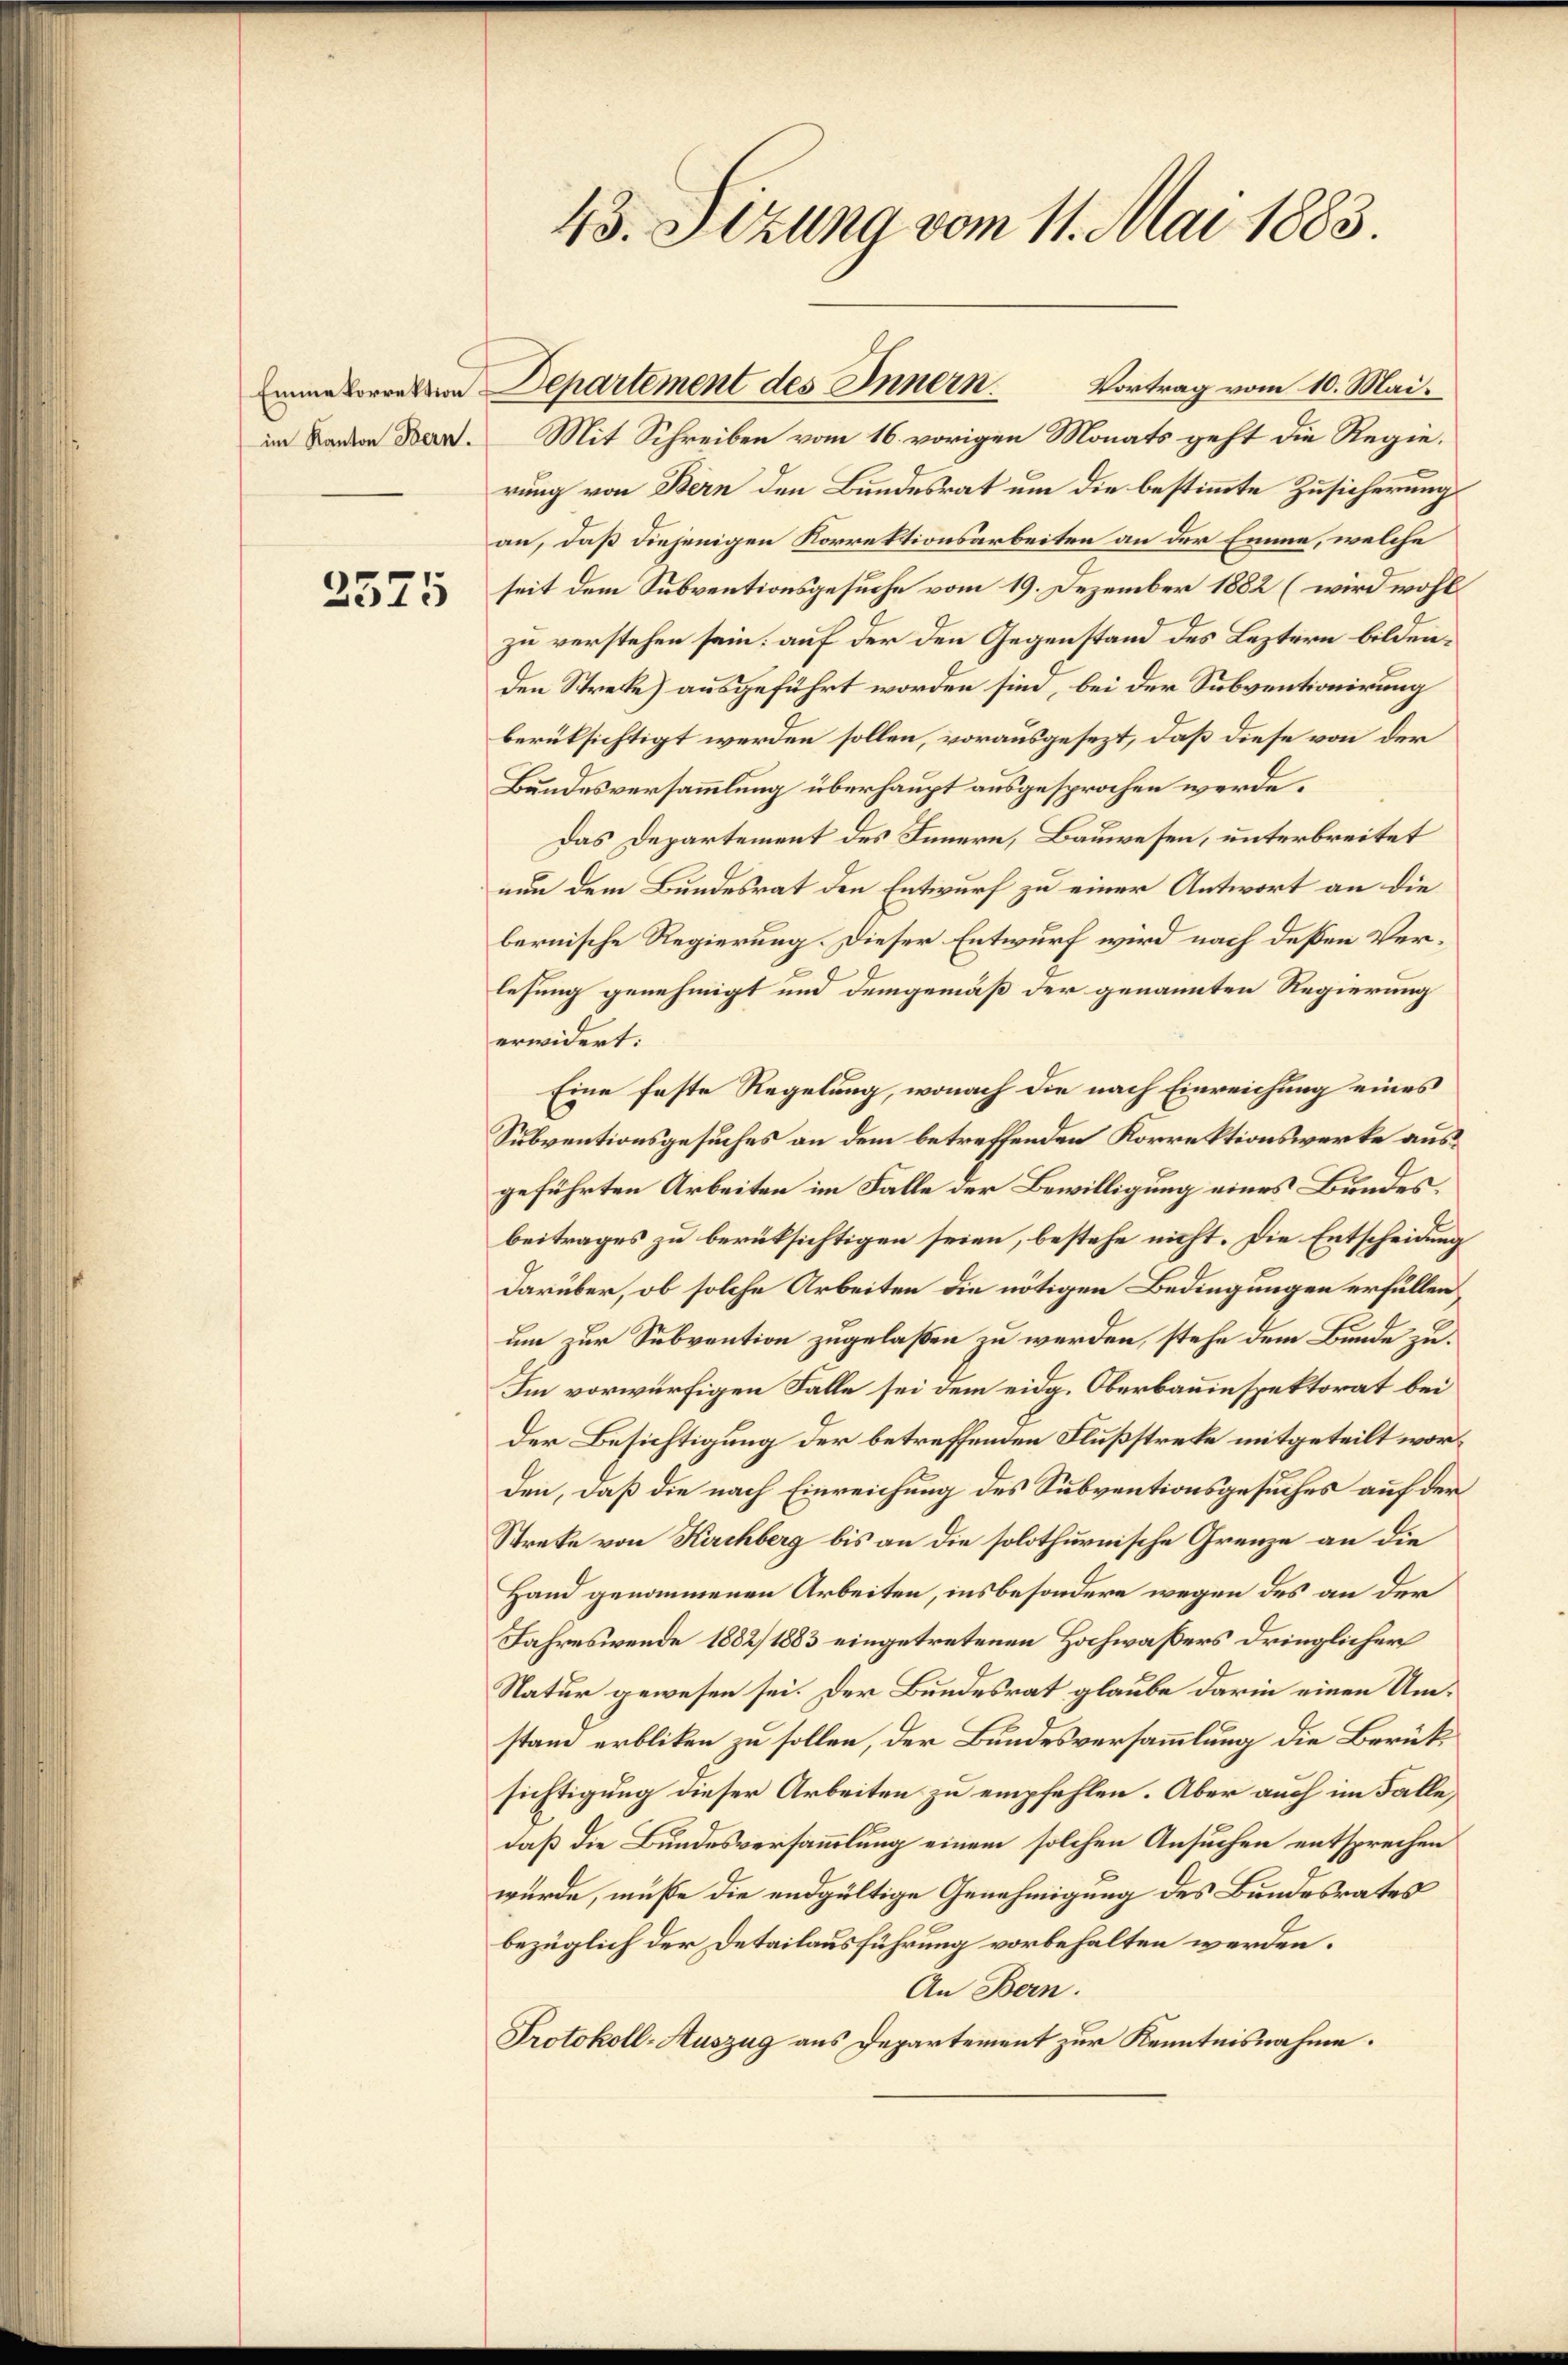
2575

43. Sizung vom 11. Mai 1883.

Vortrag vom 10. Mai.
im Kanton Bern. Mit Schreiben vom 16. vorigen Monats geht die Regierung von Bern den Bundesrat um die bestimmte Zusicherung
an, daß diejenigen Korrektionsarbeiten an der Emme, welche
seit dem Subventionsgesuche vom 19. Dezember 1882 (wird wohl
zu verstehen sein; auf der den Gegenstand des Leztern bildenden Streke) ausgeführt worden sind, bei der Subventionirung
berüksichtigt werden sollen, vorausgesezt, daß diese von der
Bundesversammlung überhaupt ausgesprochen werde.
Das Departement des Innern, Bauwesen, unterbreitet
nun dem Bundesrat den Entwurf zu einer Antwort an die
bernische Regierung. Dieser Entwurf wird nach deßen Verlesung genehmigt und demgemäß der genannten Regierung
erwidert:
Eine feste Regelung, wonach die nach Einreichung eines
Subventionsgesuches an dem betreffenden Korrektionswerke ausgeführten Arbeiten im Falle der Bewilligung eines Bundesbeitrages zu berüksichtigen seien, bestehe nicht. Die Entscheidung
darüber, ob solche Arbeiten die nötigen Bedingungen erfüllen,
um zur Subvention zugelaßen zu werden, stehe dem Bunde zu¬
Im vorwürfigen Falle sei dem eidg. Oberbauinspektorat bei
der Besichtigung der betreffenden Flußstreke mitgeteilt worden, daß die nach Einreichung des Subventionsgesuches auf der
Strete von Kuchberg bis an die solothurnische Grenze an die
Hand genommenen Arbeiten, insbesondere wegen des an der
Jahreswende 1882/ 1883 eingetretenen Hochwaßers dringlicher
Natur gewesen sei. Der Bundesrat glaube darin einen Umstand erbliken zu sollen, der Bundesversammlung die Berücksichtigung dieser Arbeiten zu empfehlen. Aber auch im Falle
daß die Bundesversammlung einem solchen Ansuchen entsprechen
wurde, müße die endgültige Genehmigung des Bundesrates
bezüglich der Detailausführung vorbehalten werden.
An Bern.
Protokoll-Auszug aus Departement zur Kenntnisnahme.

inne beretten Departement des Innern